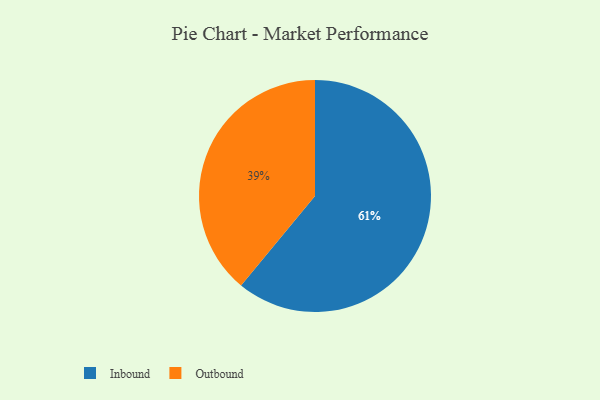
{"axis": {"x": "Category", "y": "Percentage"}, "legend": ["Inbound", "Outbound"], "data": [{"x": "Outbound", "y": 39, "type": "Outbound"}, {"x": "Inbound", "y": 61, "type": "Inbound"}]}